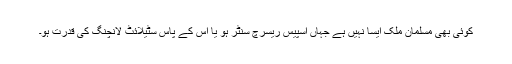
کوئی بھی مسلمان ملک ایسا نہیں ہے جہاں اسپیس ریسرچ سنٹر ہو یا اس کے پاس سٹیلائٹ لانچنگ کی قدرت ہو۔